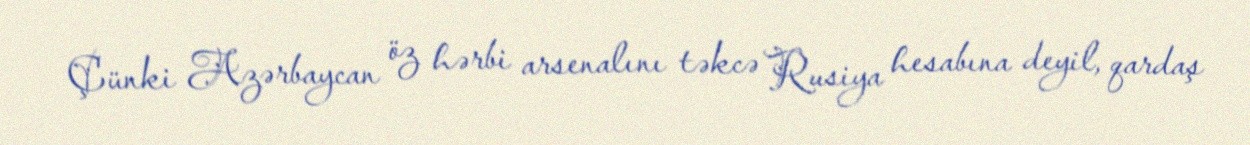
Çünki Azərbaycan öz hərbi arsenalını təkcə Rusiya hesabına deyil, qardaş